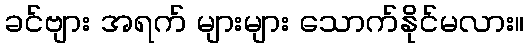
ခင်ဗျား အရက် များများ သောက်နိုင်မလား။